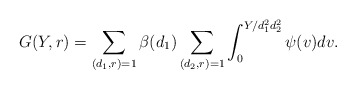
\begin{align*}G(Y,r)=\sum_{(d_1,r)=1}\beta(d_1)\sum_{(d_2,r)=1}\int_0^{Y/d_1^2d_2^2}\psi(v)dv.\end{align*}